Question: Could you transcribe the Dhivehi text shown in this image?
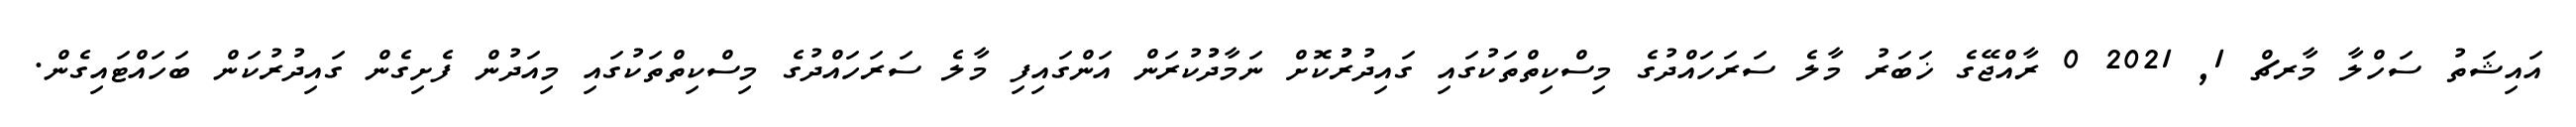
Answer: އައިޝަތު ސަހްލާ މާރޗް 1, 2021 0 ރާއްޖޭގެ ޚަބަރު މާލެ ސަރަހައްދުގެ މިސްކިތްތަކުގައި ގައިދުރުުކޮށް ނަމާދުުކުރަން އަންގައިފި މާލެ ސަރަހައްދުގެ މިސްކިތްތަކުގައި މިއަދުން ފެށިގެން ގައިދުރުކަން ބަހައްޓައިގެން.